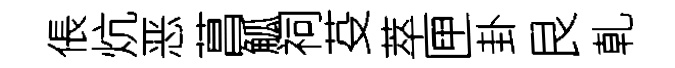
倀炕恶菖觚祠芟萃匣卦艮乹